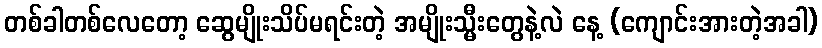
တစ်ခါတစ်လေတော့ ဆွေမျိုးသိပ်မရင်းတဲ့ အမျိုးသ္မီးတွေနဲ့လဲ နေ့ (ကျောင်းအားတဲ့အခါ)